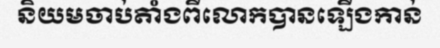
និយមចាប់តាំងពីលោកបានឡើងកាន់